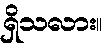
ရှိသလား။